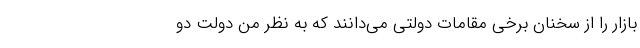
بازار را از سخنان برخی مقامات دولتی می‌دانند که به نظر من دولت دو